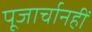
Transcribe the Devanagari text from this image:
पूजार्चानहीं